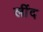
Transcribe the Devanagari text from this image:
लींद